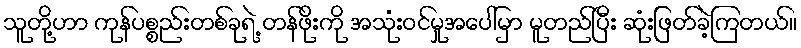
သူတို့ဟာ ကုန်ပစ္စည်းတစ်ခုရဲ့ တန်ဖိုးကို အသုံးဝင်မှုအပေါ်မှာ မူတည်ပြီး ဆုံးဖြတ်ခဲ့ကြတယ်။